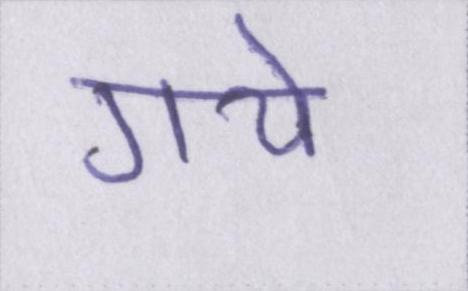
गये